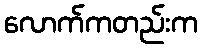
လောက်ကတည်းက